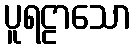
ပူရဠာသော